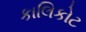
કાલિકોટ